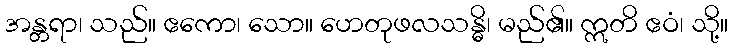
အန္တရာ၊ သည်။ ဧကော၊ သော။ ဟေတုဖလသန္ဓိ၊ မည်၏။ ဣတိ ဧဝံ၊ သို့။